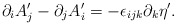
\begin{align*}\partial_i A'_j-\partial_j A'_i=-\epsilon_{ijk}\partial_k\eta' .\end{align*}